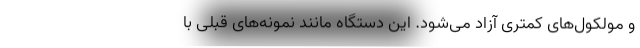
و مولکول‌های کمتری آزاد می‌شود. این دستگاه مانند نمونه‌های قبلی با